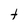
Character: t